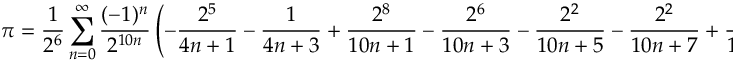
\pi = { \frac { 1 } { 2 ^ { 6 } } } \sum _ { n = 0 } ^ { \infty } { \frac { ( - 1 ) ^ { n } } { 2 ^ { 1 0 n } } } \left( - { \frac { 2 ^ { 5 } } { 4 n + 1 } } - { \frac { 1 } { 4 n + 3 } } + { \frac { 2 ^ { 8 } } { 1 0 n + 1 } } - { \frac { 2 ^ { 6 } } { 1 0 n + 3 } } - { \frac { 2 ^ { 2 } } { 1 0 n + 5 } } - { \frac { 2 ^ { 2 } } { 1 0 n + 7 } } + { \frac { 1 } { 1 0 n + 9 } } \right)